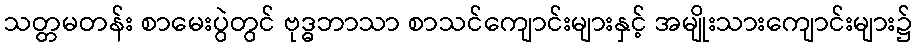
သတ္တမတန်း စာမေးပွဲတွင် ဗုဒ္ဓဘာသာ စာသင်ကျောင်းများနှင့် အမျိုးသားကျောင်းများ၌